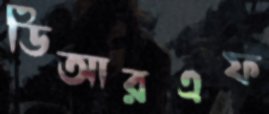
ডিআরএফ